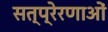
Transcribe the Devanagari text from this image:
सत्प्रेरणाओं